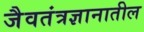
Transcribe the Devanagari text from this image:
जैवतंत्रज्ञानातील